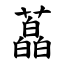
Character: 藠